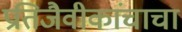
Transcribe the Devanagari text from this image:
प्रतिजैवीकांचाचा